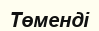
Төменді